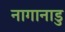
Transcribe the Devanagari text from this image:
नागानाडु